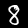
Label: 8